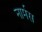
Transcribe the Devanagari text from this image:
नार्मस